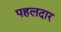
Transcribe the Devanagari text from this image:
पहलदार